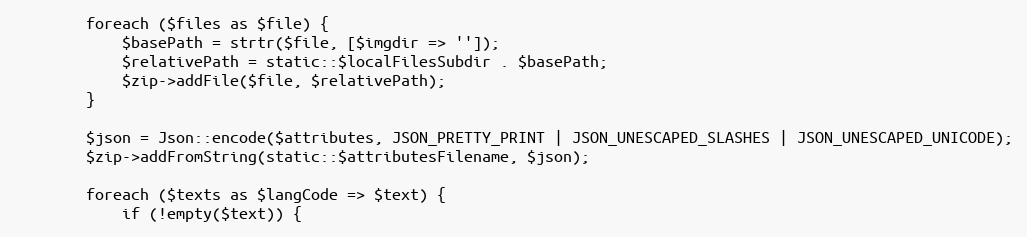
Language: PHP
        foreach ($files as $file) {
            $basePath = strtr($file, [$imgdir => '']);
            $relativePath = static::$localFilesSubdir . $basePath;
            $zip->addFile($file, $relativePath);
        }

        $json = Json::encode($attributes, JSON_PRETTY_PRINT | JSON_UNESCAPED_SLASHES | JSON_UNESCAPED_UNICODE);
        $zip->addFromString(static::$attributesFilename, $json);

        foreach ($texts as $langCode => $text) {
            if (!empty($text)) {